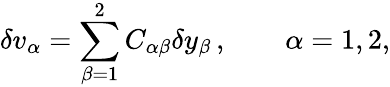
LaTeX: \delta v_{\alpha}=\sum_{\beta=1}^{2}C_{\alpha\beta}\delta y_{\beta}\, ,\qquad\alpha=1,2,